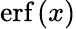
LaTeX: \textup{erf}\left(x\right)